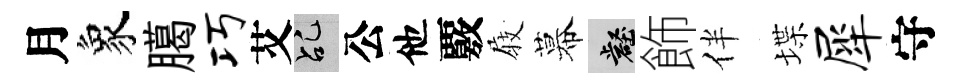
月象臈巧艾乩公他覈𡲆幕壑飾伴堞犀守